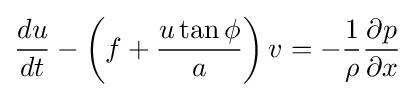
{\frac {du}{dt}}-\left(f+{\frac {u\tan \phi }{a}}\right)v=-{\frac {1}{\rho }}{\frac {\partial p}{\partial x}}